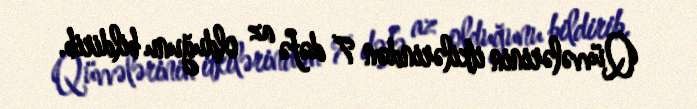
Qüvvələrinin itkilərindən 7 dəfə az olduğunu bildirib.